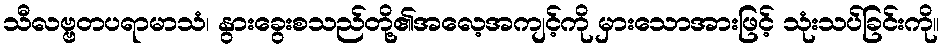
သီလဗ္ဗတပရာမာသံ၊ နွားခွေးစသည်တို့၏အလေ့အကျင့်ကို မှားသောအားဖြင့် သုံးသပ်ခြင်းကို။